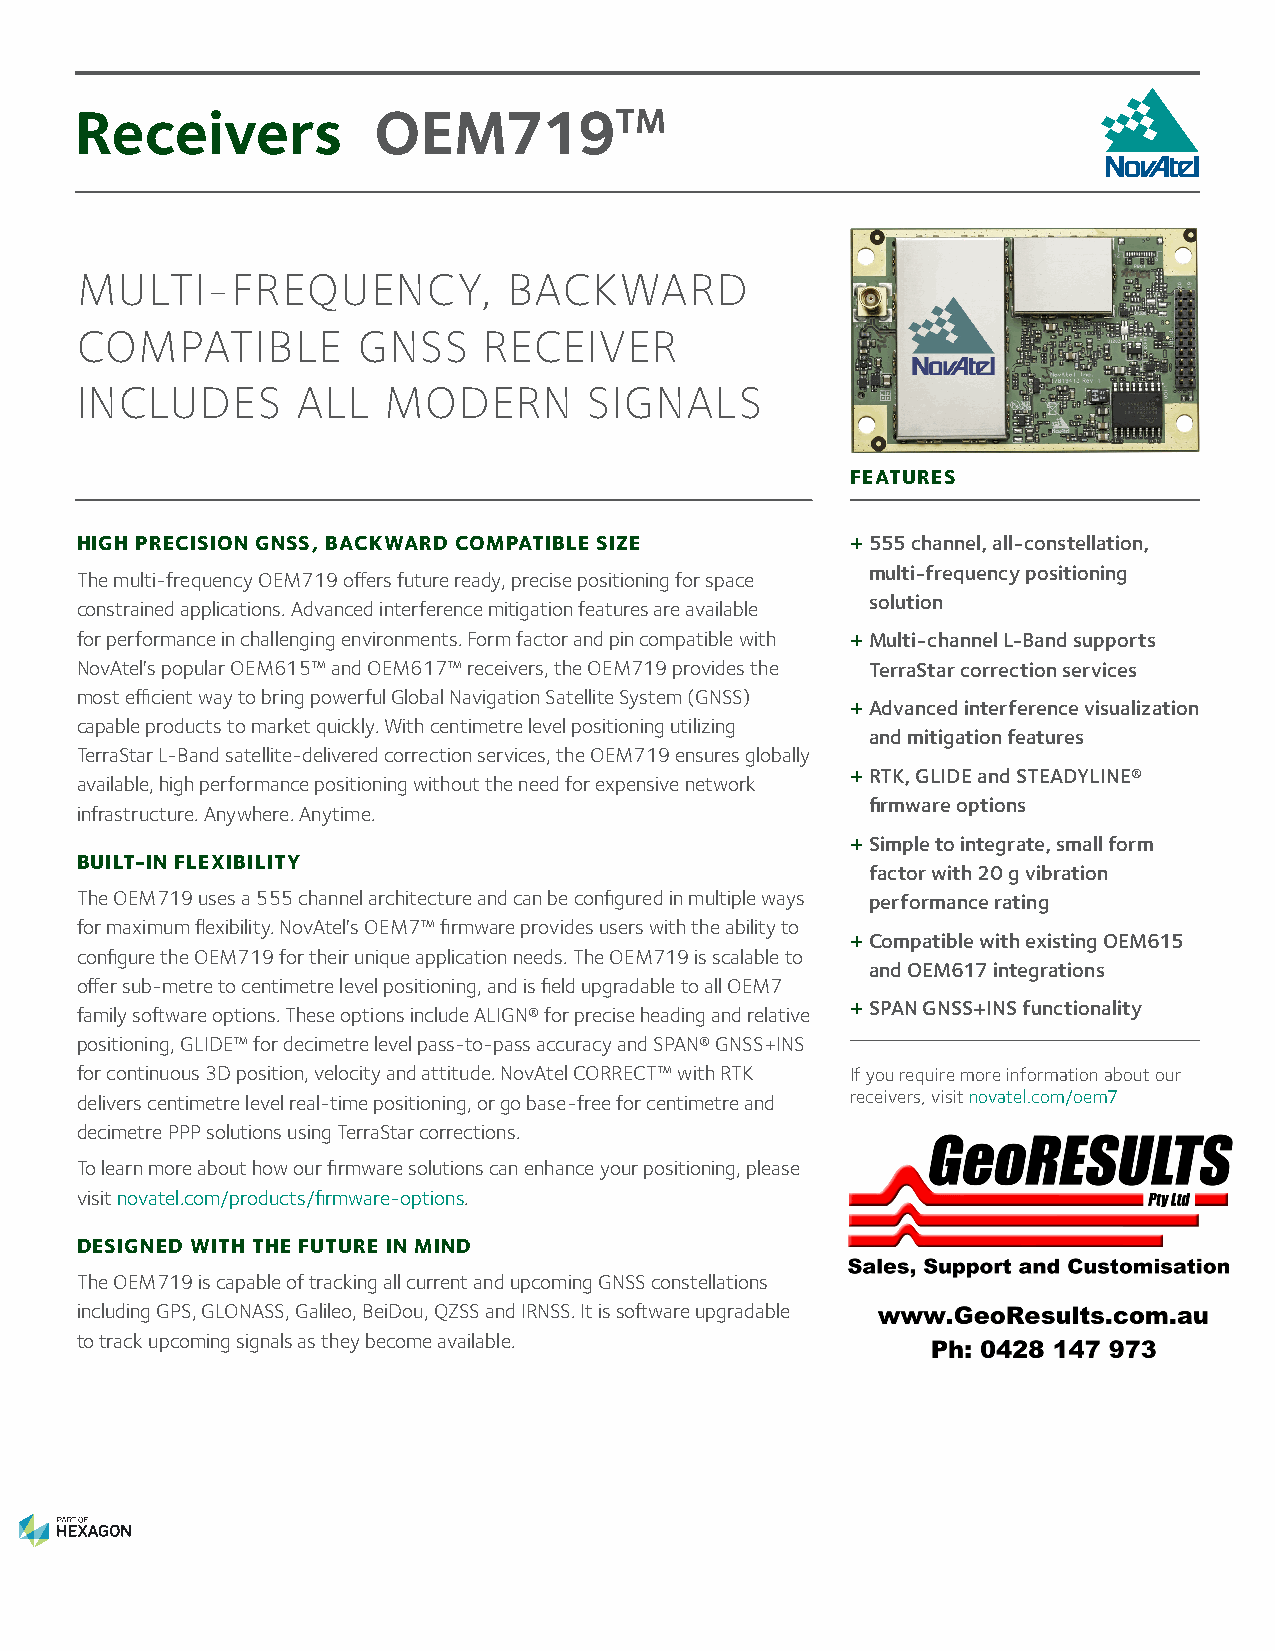
Receivers           OEM719TM
 MULTI-FREQUENCY,             BACKWARD
 COMPATIBLE         GNSS    RECEIVER
 INCLUDES       ALL   MODERN       SIGNALS
 FEATURES
 HIGH PRECISION GNSS, BACKWARD COMPATIBLE SIZE      + 555 channel, all-constellation,
 multi-frequency positioning
 The multi-frequency OEM719 offers future ready, precise positioning for space
 solution
 constrained applications. Advanced interference mitigation features are available
 for performance in challenging environments. Form factor and pin compatible with + Multi-channel L-Band supports
 NovAtel's popular OEM615™ and OEM617™ receivers, the OEM719 provides the TerraStar correction services
 most efficient way to bring powerful Global Navigation Satellite System (GNSS)
 + Advanced interference visualization
 capable products to market quickly. With centimetre level positioning utilizing
 and mitigation features
 TerraStar L-Band satellite-delivered correction services, the OEM719 ensures globally
 + RTK, GLIDE and STEADYLINE®
 available, high performance positioning without the need for expensive network
 firmware options
 infrastructure. Anywhere. Anytime.
 + Simple to integrate, small form
 BUILT-IN FLEXIBILITY
 factor with 20 g vibration
 The OEM719 uses a 555 channel architecture and can be configured in multiple ways performance rating
 for maximum flexibility. NovAtel's OEM7™ firmware provides users with the ability to
 + Compatible with existing OEM615
 configure the OEM719 for their unique application needs. The OEM719 is scalable to
 and OEM617 integrations
 offer sub-metre to centimetre level positioning, and is field upgradable to all OEM7
 family software options. These options include ALIGN® for precise heading and relative + SPAN GNSS+INS functionality
 positioning, GLIDE™ for decimetre level pass-to-pass accuracy and SPAN® GNSS+INS
 for continuous 3D position, velocity and attitude. NovAtel CORRECT™ with RTK If you require more information about our
 delivers centimetre level real-time positioning, or go base-free for centimetre and receivers, visit novatel.com/oem7
 decimetre PPP solutions using TerraStar corrections.
 To learn more about how our firmware solutions can enhance your positioning, please
 visit novatel.com/products/firmware-options.
 DESIGNED WITH THE FUTURE IN MIND
 The OEM719 is capable of tracking all current and upcoming GNSS constellations
 including GPS, GLONASS, Galileo, BeiDou, QZSS and IRNSS. It is software upgradable
 to track upcoming signals as they become available.